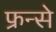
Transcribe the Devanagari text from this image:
फ्रन्से